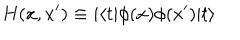
LaTeX: H ( x , x ^ { \prime } ) \equiv i \langle t | \phi ( x ) \phi ( x ^ { \prime } ) | t \rangle